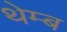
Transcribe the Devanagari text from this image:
थेम्ब